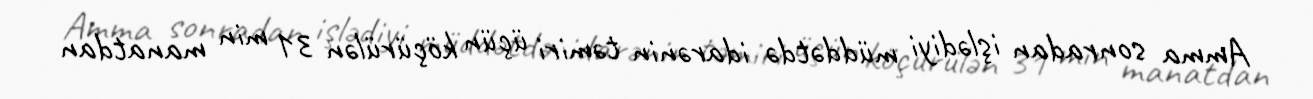
Amma sonradan işlədiyi müddətdə idarənin təmiri üçün köçürülən 31 min manatdan